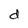
Character: d